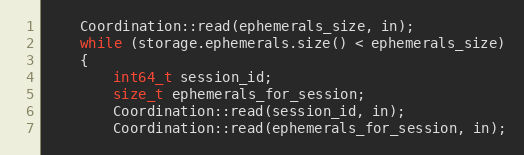
Language: C++
    Coordination::read(ephemerals_size, in);
    while (storage.ephemerals.size() < ephemerals_size)
    {
        int64_t session_id;
        size_t ephemerals_for_session;
        Coordination::read(session_id, in);
        Coordination::read(ephemerals_for_session, in);